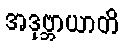
အဒုဗ္ဘာယာတိ